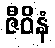
ဇီဝိနံ